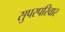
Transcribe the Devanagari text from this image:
सुपरपरिवार